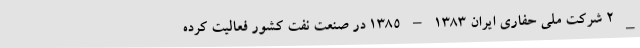
_ ۲ شرکت ملی حفاری ایران ۱۳۸۳ – ۱۳۸۵ در صنعت نفت کشور فعالیت کرده